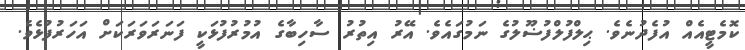
ކޮމެޓީއެއް އުފެދުނެވެ. ޙިލްފުލްފުޟޫލުގެ ނަމުގައެވެ. އޭރު އިތުރު ސާހިބާގެ އުމުރުފުޅަކީ ފަނަރަވަރަކަށް އަހަރުފުޅެވެ.